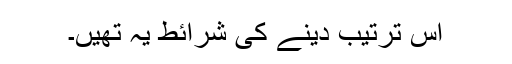
اس ترتیب دینے کی شرائط یہ تھیں۔